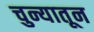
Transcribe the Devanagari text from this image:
चुन्यातून